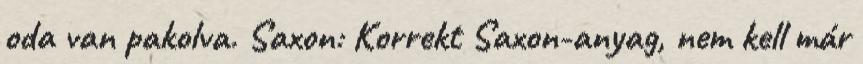
oda van pakolva. Saxon: Korrekt Saxon-anyag, nem kell már